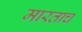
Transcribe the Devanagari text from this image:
मारताच